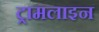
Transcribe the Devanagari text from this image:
ट्रामलाइन